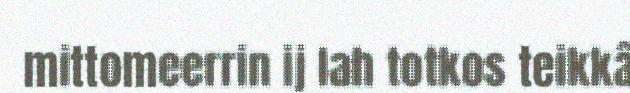
mittomeerrin ij lah totkos teikkâ